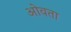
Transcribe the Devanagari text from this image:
ओवता